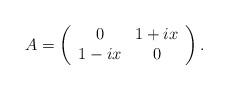
LaTeX: \begin{align*}A =\left(\begin{array}{cc}0 & 1 + i x \\1 - ix & 0\end{array}\right).\end{align*}